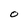
Character: O